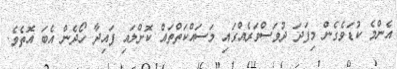
އެންމެ ކުޑަވެގެން މިފަދަ ދުވަސްވަރެއްގައި މަސައްކަތްތައް ކޮށްލައި ފައިދާ ހޯދެން އެބަ އޮތެވެ.